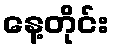
နေ့တိုင်း